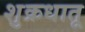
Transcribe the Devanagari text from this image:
शुक्रधातू